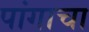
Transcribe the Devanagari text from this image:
पांगाचा